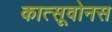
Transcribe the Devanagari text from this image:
कात्सूवोनस